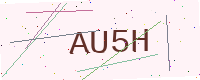
Text: AU5H